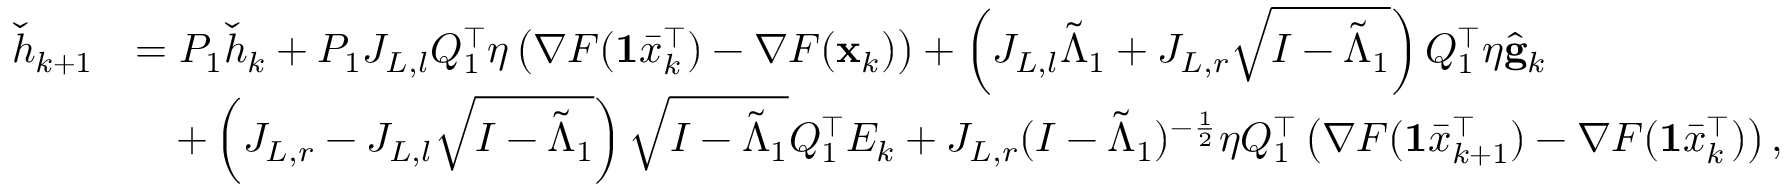
\begin{array} { r l } { \check { h } _ { k + 1 } } & { = P _ { 1 } \check { h } _ { k } + P _ { 1 } J _ { L , l } Q _ { 1 } ^ { \intercal } \eta \left( \nabla F ( \mathbf { 1 } \bar { x } _ { k } ^ { \intercal } ) - \nabla F ( \mathbf { x } _ { k } ) \right) + \left( J _ { L , l } \tilde { \Lambda } _ { 1 } + J _ { L , r } \sqrt { I - \tilde { \Lambda } _ { 1 } } \right) Q _ { 1 } ^ { \intercal } \eta \hat { \mathbf { g } } _ { k } } \\ & { \quad + \left( J _ { L , r } - J _ { L , l } \sqrt { I - \tilde { \Lambda } _ { 1 } } \right) \sqrt { I - \tilde { \Lambda } _ { 1 } } Q _ { 1 } ^ { \intercal } E _ { k } + J _ { L , r } ( I - \tilde { \Lambda } _ { 1 } ) ^ { - \frac { 1 } { 2 } } \eta Q _ { 1 } ^ { \intercal } \left( \nabla F ( \mathbf { 1 } \bar { x } _ { k + 1 } ^ { \intercal } ) - \nabla F ( \mathbf { 1 } \bar { x } _ { k } ^ { \intercal } ) \right) , } \end{array}